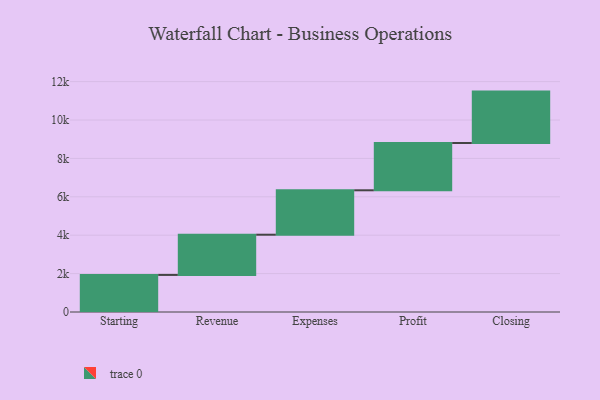
{"axis": {"x": "Step", "y": "Value"}, "legend": [""], "data": [{"x": "Starting", "y": 1931.0, "type": ""}, {"x": "Revenue", "y": 2095.0, "type": ""}, {"x": "Expenses", "y": 2314.0, "type": ""}, {"x": "Profit", "y": 2463.0, "type": ""}, {"x": "Closing", "y": 2678.0, "type": ""}]}